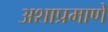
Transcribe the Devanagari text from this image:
अशाप्रमाणे